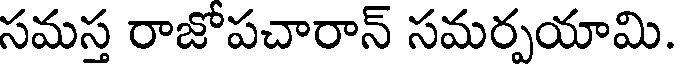
సమస్త రాజోపచారాన్ సమర్పయామి.